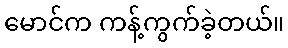
မောင်က ကန့်ကွက်ခဲ့တယ်။